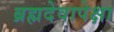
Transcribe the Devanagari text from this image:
ब्रह्मदेवापेक्षा